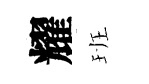
耀班